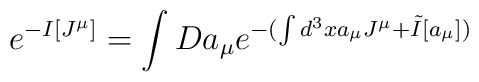
e^{-I[J^\mu]}=\int Da_\mu e^{-(\int d^3x a_\mu J^\mu + \tilde{I}[a_\mu])}